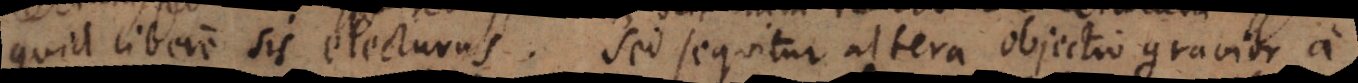
quid libere sis electurus. Sed sequitur altera objectio gravior, a